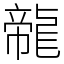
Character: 㡣